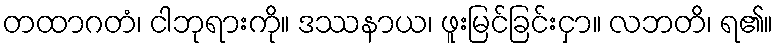
တထာဂတံ၊ ငါဘုရားကို။ ဒဿနာယ၊ ဖူးမြင်ခြင်းငှာ။ လဘတိ၊ ရ၏။